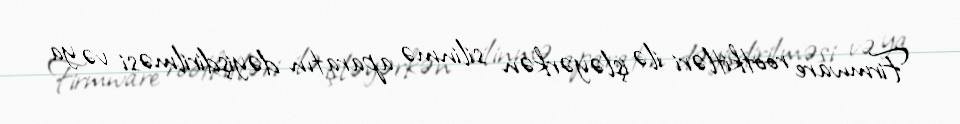
Firmware rootkitləri ilə işləyərkən silinmə aparatın dəyişdirilməsi və ya